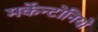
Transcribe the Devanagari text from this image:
मर्केन्टोनियो